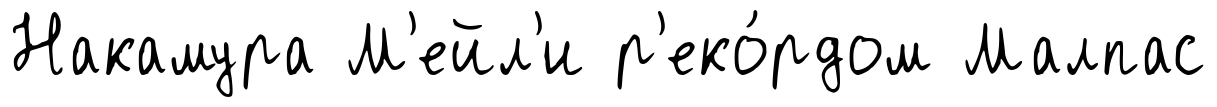
Накамура М'ейл'и р'еко́рдом Малпас